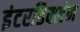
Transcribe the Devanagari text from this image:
इंटरडिक्शंन